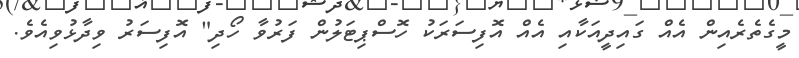
މީގެތެރެއިން އެއް ގައިދީއަކާއި އެއް އޮފިސަރަކު ހޮސްޕިޓަލުން ފަރުވާ ހޯދި" އޮފިސަރު ވިދާޅުވިއެވެ.